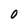
Character: O